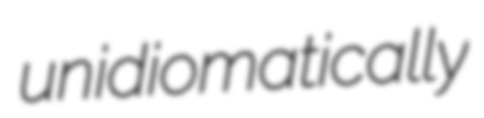
unidiomatically